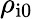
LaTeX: \rho_{\mathrm{i0}}